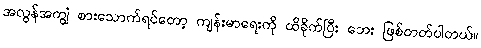
အလွန်အကျွံ စားသောက်ရင်တော့ ကျန်းမာရေးကို ထိခိုက်ပြီး ဘေး ဖြစ်တတ်ပါတယ်။